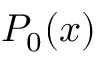
P _ { 0 } ( x )